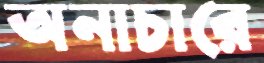
অনাচারে